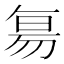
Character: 𬀷